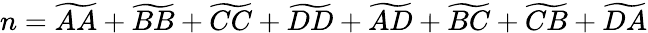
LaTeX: n=\widetilde{AA}+\widetilde{BB}+\widetilde{CC}+\widetilde{DD}+\widetilde{AD}+\widetilde{BC}+\widetilde{CB}+\widetilde{DA}